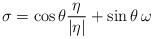
LaTeX: \begin{align*} \sigma = \cos\theta \frac{\eta}{|\eta|} + \sin \theta\, \omega \end{align*}